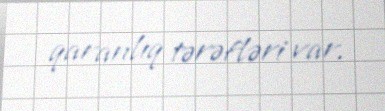
qaranlıq tərəfləri var.